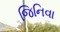
જિનિવા